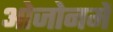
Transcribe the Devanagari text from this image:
ओजोनमें